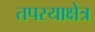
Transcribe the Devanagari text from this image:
तपस्याक्षेत्र